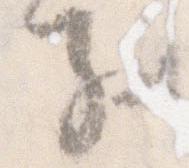
子